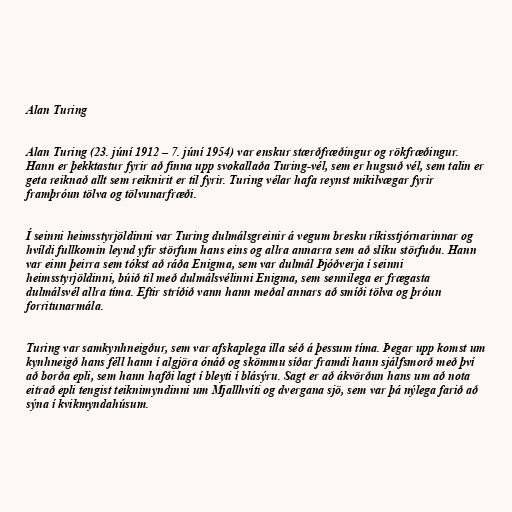
Alan Turing

Alan Turing (23. júní 1912 – 7. júní 1954) var enskur stærðfræðingur og rökfræðingur.
Hann er þekktastur fyrir að finna upp svokallaða Turing-vél, sem er hugsuð vél, sem talin er
geta reiknað allt sem reiknirit er til fyrir. Turing vélar hafa reynst mikilvægar fyrir
framþróun tölva og tölvunarfræði.

Í seinni heimsstyrjöldinni var Turing dulmálsgreinir á vegum bresku ríkisstjórnarinnar og
hvíldi fullkomin leynd yfir störfum hans eins og allra annarra sem að slíku störfuðu. Hann
var einn þeirra sem tókst að ráða Enigma, sem var dulmál Þjóðverja í seinni
heimsstyrjöldinni, búið til með dulmálsvélinni Enigma, sem sennilega er frægasta
dulmálsvél allra tíma. Eftir stríðið vann hann meðal annars að smíði tölva og þróun
forritunarmála.

Turing var samkynhneigður, sem var afskaplega illa séð á þessum tíma. Þegar upp komst um
kynhneigð hans féll hann í algjöra ónáð og skömmu síðar framdi hann sjálfsmorð með því
að borða epli, sem hann hafði lagt í bleyti í blásýru. Sagt er að ákvörðun hans um að nota
eitrað epli tengist teiknimyndinni um Mjallhvíti og dvergana sjö, sem var þá nýlega farið að
sýna í kvikmyndahúsum.